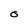
Character: 0